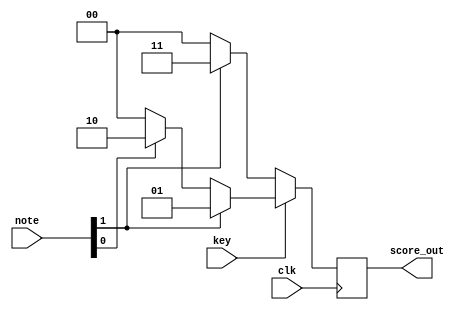
module assign_score(clk, note, key, score_out);
    input clk, key;
    input [1:0] note;
    output reg [1:0] score_out;

    always @(posedge clk) begin
        if (key) begin
            if (note[1])
                score_out <= 2'b01;
            else if (note[0])
                score_out <= 2'b10;
            else
                score_out <= 2'b00;
        end
        else begin
            if (note[1])
                score_out <= 2'b11;
            else
                score_out <= 2'b00;
        end
    end
    
endmodule // assign_score

module score_counter(clk, resetn, enable, score_in, score_out);
    input clk, resetn, enable;
    input [1:0] score_in;
    output reg [7:0] score_out;

    always @(posedge clk) begin
        if (!resetn)
            score_out <= 8'd0;
        else if (enable) begin
            if (score_in == 2'b01)
                score_out <= score_out + 2'd2;
            else if (score_in == 2'b10)
                score_out <= score_out + 1'd1;
        end
    end

endmodule // score_counter

module combo_counter(clk, resetn, enable, combo_in1, combo_in2, combo_in3, combo_in4, combo_out, max_out);
    input clk, resetn, enable;
    input [1:0] combo_in1, combo_in2, combo_in3, combo_in4;
    output reg [7:0] combo_out, max_out;

    reg note1, note2, note3, note4;
    reg [7:0] combo_1o, combo_2o, combo_3o, combo_4o;

    always @(posedge clk) begin
        if (!resetn) begin
            combo_out <= 8'd0;
            max_out <= 8'd0;
            note1 <= 1'd0;
            note2 <= 1'd0;
            note3 <= 1'd0;
            note4 <= 1'd0;
            combo_1o <= 8'd0;
            combo_2o <= 8'd0;
            combo_3o <= 8'd0;
            combo_4o <= 8'd0;
            end
        else if (enable) begin
            if (combo_in1 != 2'b11)
                note1 <= 1'd1;
            else if (combo_in1 == 2'b11 && note1 == 1'd1) begin
                combo_1o <= 8'd0;
                combo_2o <= 8'd0;
                combo_3o <= 8'd0;
                combo_4o <= 8'd0;
            end
            if (combo_in1 == 2'b01)
                combo_1o <= combo_1o + 1'd1;

            if (combo_in2 != 2'b11)
                note2 <= 1'd1;
            else if (combo_in2 == 2'b11 && note2 == 1'd1) begin
                combo_1o <= 8'd0;
                combo_2o <= 8'd0;
                combo_3o <= 8'd0;
                combo_4o <= 8'd0;
                end
            if (combo_in2 == 2'b01)
                combo_2o <= combo_2o + 1'd1;

            if (combo_in3 != 2'b11)
                note3 <= 1'd1;
            else if (combo_in3 == 2'b11 && note3 == 1'd1) begin
                combo_1o <= 8'd0;
                combo_2o <= 8'd0;
                combo_3o <= 8'd0;
                combo_4o <= 8'd0;
                end
            if (combo_in3 == 2'b01)
                combo_3o <= combo_3o + 1'd1;

            if (combo_in4 != 2'b11)
                note4 <= 1'd1;
            else if (combo_in4 == 2'b11 && note4 == 1'd1) begin
                combo_1o <= 8'd0;
                combo_2o <= 8'd0;
                combo_3o <= 8'd0;
                combo_4o <= 8'd0;
                end
            if (combo_in4 == 2'b01)
                combo_4o <= combo_4o + 1'd1;

            combo_out <= combo_1o + combo_2o + combo_3o + combo_4o;

            if (combo_out > max_out)
                max_out <= combo_out;
            end
    end

endmodule // combo_counter